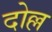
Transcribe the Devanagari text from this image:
दोल्ल